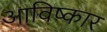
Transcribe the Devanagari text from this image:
आविष्‍कार